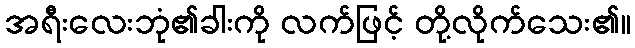
အရီးလေးဘုံ၏ခါးကို လက်ဖြင့် တို့လိုက်သေး၏။